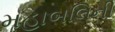
મહાબલિની